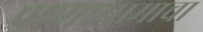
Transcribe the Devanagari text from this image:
प्राणायामाचा